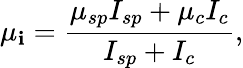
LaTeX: \mu_{\mathbf{i}}=\frac{{\mu_{sp}I_{sp}+\mu_{c}I_{c}}}{{I_{sp}+I_{c}}},